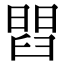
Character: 𦦄